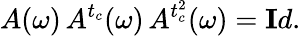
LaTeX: A(\omega)\, A^{t_{c}}(\omega)\, A^{t_{c}^{2}}(\omega)={\mathbf Id}.